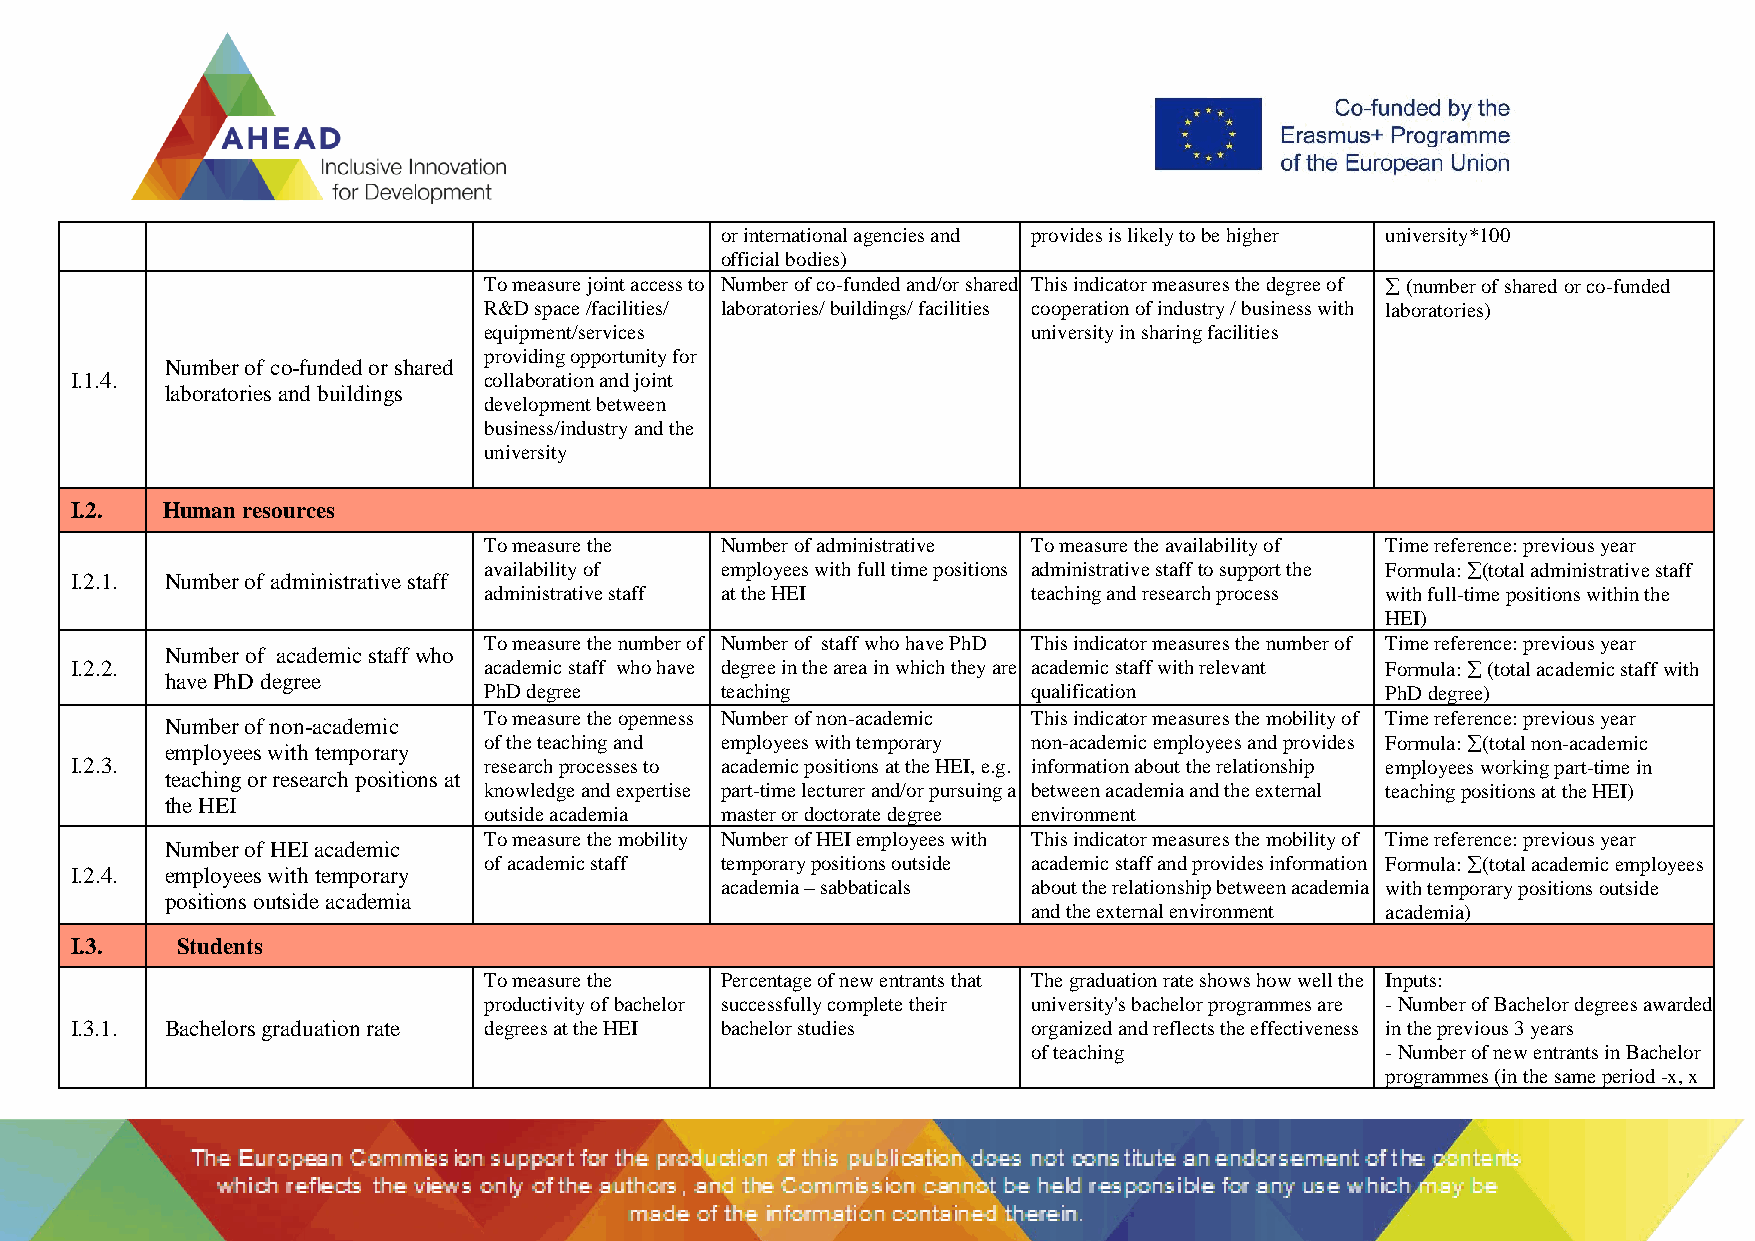
or international agencies and provides is likely to be higher university*100
 official bodies)
 To measure joint access to Number of co-funded and/or shared This indicator measures the degree of  (number of shared or co-funded
 R&D space /facilities/ laboratories/ buildings/ facilities cooperation of industry / business with laboratories)
 equipment/services                  university in sharing facilities
 providing opportunity for
 Number of co-funded or shared
 I.1.4.                     collaboration and joint
 laboratories and buildings
 development between
 business/industry and the
 university
 I.2.  Human resources
 To measure the  Number of administrative To measure the availability of Time reference: previous year
 availability of employees with full time positions administrative staff to support the Formula: (total administrative staff
 I.2.1. Number of administrative staff
 administrative staff at the HEI     teaching and research process with full-time positions within the
 HEI)
 To measure the number of Number of staff who have PhD This indicator measures the number of Time reference: previous year
 Number of academic staff who
 I.2.2.                     academic staff who have degree in the area in which they are academic staff with relevant Formula:  (total academic staff with
 have PhD degree
 PhD degree      teaching            qualification           PhD degree)
 To measure the openness Number of non-academic This indicator measures the mobility of Time reference: previous year
 Number of non-academic
 of the teaching and employees with temporary non-academic employees and provides Formula: (total non-academic
 employees with temporary
 I.2.3.                     research processes to academic positions at the HEI, e.g. information about the relationship employees working part-time in
 teaching or research positions at
 knowledge and expertise part-time lecturer and/or pursuing a between academia and the external teaching positions at the HEI)
 the HEI
 outside academia master or doctorate degree environment
 To measure the mobility Number of HEI employees with This indicator measures the mobility of Time reference: previous year
 Number of HEI academic
 of academic staff temporary positions outside academic staff and provides information Formula: (total academic employees
 I.2.4. employees with temporary
 academia – sabbaticals about the relationship between academia with temporary positions outside
 positions outside academia
 and the external environment academia)
 I.3.   Students
 To measure the  Percentage of new entrants that The graduation rate shows how well the Inputs:
 productivity of bachelor successfully complete their university's bachelor programmes are - Number of Bachelor degrees awarded
 I.3.1. Bachelors graduation rate degrees at the HEI bachelor studies organized and reflects the effectiveness in the previous 3 years
 of teaching             - Number of new entrants in Bachelor
 programmes (in the same period -x, x